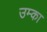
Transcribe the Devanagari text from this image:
उम्का